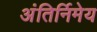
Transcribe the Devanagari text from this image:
अंतिर्निमेय